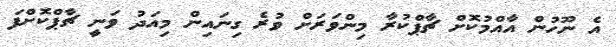
އެ ނޫހުން އާއްމުކޮށް ޗާޕްކުރާ މިންވަރަށް ވުރެ ގިނައިން މިއަދު ވަނީ ޗާޕްކޮށްފަ